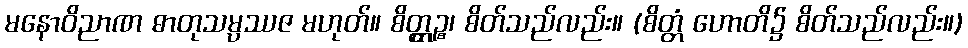
မနောဝိညာဏ ဓာတုသမ္ပဿဇ မဟုတ်။ စိတ္တ္ကဉ္စ၊ စိတ်သည်လည်း။ (စိတ္တံ ဟောတိ၌ စိတ်သည်လည်း။)